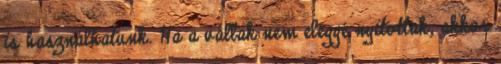
is használhatunk. Ha a vállak nem eléggé nyitottak, akkor